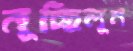
নুচ্ছিলুম